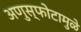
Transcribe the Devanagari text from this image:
अणुस्फोटामुळे